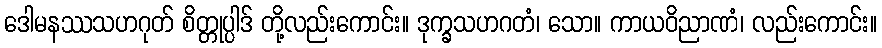
ဒေါမနဿသဟဂုတ် စိတ္တုပ္ပါဒ် တို့လည်းကောင်း။ ဒုက္ခသဟဂတံ၊ သော။ ကာယဝိညာဏံ၊ လည်းကောင်း။